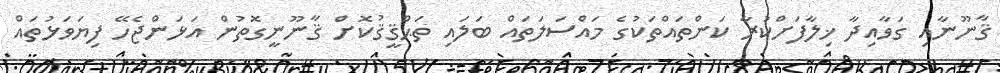
ޤާނޫނާއި ގަވާއިދާ ޚިލާފަށްކުރާ ކަންތަައްތަކުގެ މައްސަލަތައް ބަލައި ތަޙްޤީޤުކޮށް ޤާނޫނީގޮތުން އަޅަންޖެހޭ ފިޔަވަޅުތައް